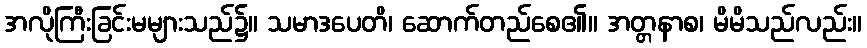
အလိုကြီးခြင်းမများသည်၌။ သမာဒပေတိ၊ ဆောက်တည်စေ၏။ အတ္တနာစ၊ မိမိသည်လည်း။